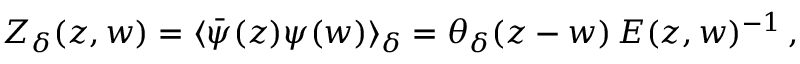
Z _ { \delta } ( z , w ) = \langle \bar { \psi } ( z ) \psi ( w ) \rangle _ { \delta } = \theta _ { \delta } ( z - w ) \, E ( z , w ) ^ { - 1 } \, ,